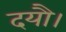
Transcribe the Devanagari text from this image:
दयौ।